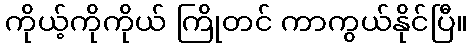
ကိုယ့်ကိုကိုယ် ကြိုတင် ကာကွယ်နိုင်ပြီ။